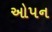
ઓપન